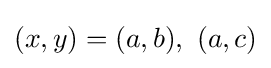
(x,y)=(a,b),\ (a,c)